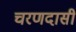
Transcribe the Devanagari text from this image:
चरणदासी